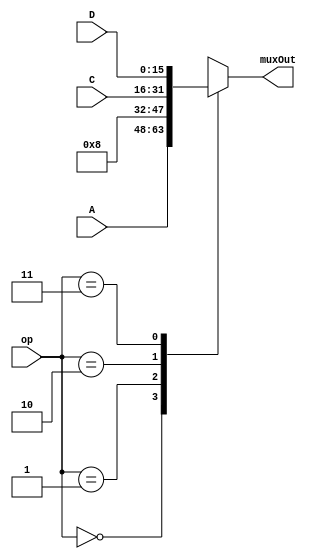
`timescale 1ns / 1ns



module ALUmux_A(
      op,
      A,
      //B,
      C,
      D,
    muxOut
    );
     
  input[1:0] op;
  input[15:0] A;
  //input[15:0] B;
  input[15:0] C;
  input[15:0] D;
     
  output reg[15:0] muxOut;



  //case
always @(op, A, C, D) begin // do we also need our mux to be sensitive to ABCDE here?
    case (op)
      0: muxOut = A;
      1: muxOut = 8;
      2: muxOut = C;
      3: muxOut = D;  
    endcase
		 
  end

endmodule